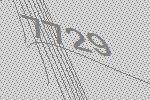
7729